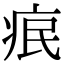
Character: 𤵤